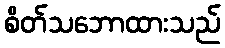
စိတ်သဘောထားသည်